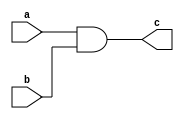
module assign_example (
    input wire a,
    input wire b,
    output reg c
);

assign c = a & b;

endmodule